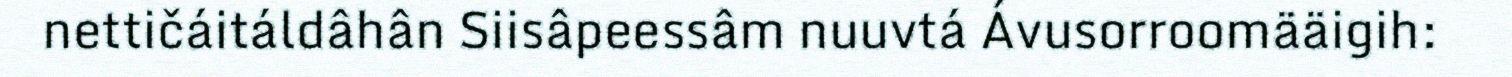
nettičáitáldâhân Siisâpeessâm nuuvtá Ávusorroomääigih: